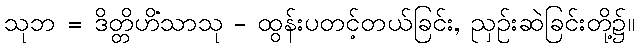
သုဘ = ဒိတ္တိဟိံသာသု - ထွန်းပတင့်တယ်ခြင်း, ညှဉ်းဆဲခြင်းတို့၌။